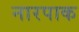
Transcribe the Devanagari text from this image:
नारपाक